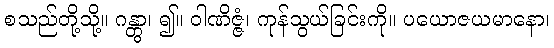
စသည်တို့သို့။ ဂန္တွာ၊ ၍။ ဝါဏိဇ္ဇံ၊ ကုန်သွယ်ခြင်းကို။ ပယောဇယမာနော၊